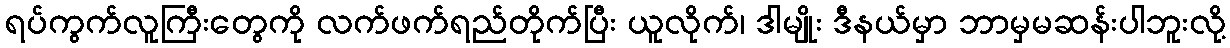
ရပ်ကွက်လူကြီးတွေကို လက်ဖက်ရည်တိုက်ပြီး ယူလိုက်၊ ဒါမျိုး ဒီနယ်မှာ ဘာမှမဆန်းပါဘူးလို့